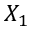
X _ { 1 }